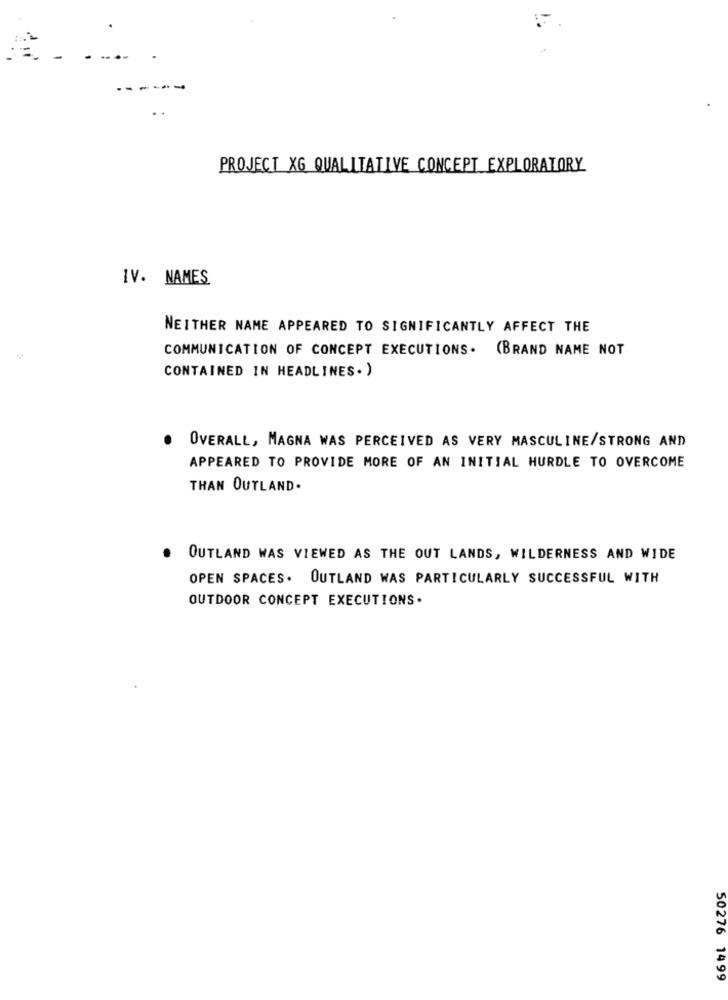
PROJECT XG QUALITATIVE CONCEPT EXPLORATORY
IV. NAMES
NEITHER NAME APPEARED TO SIGNIFICANTLY AFFECT THE
COMMUNICATION OF CONCEPT EXECUTIONS. (BRAND NAME NOT
CONTAINED IN HEADLINES. )
OVERALL, MAGNA WAS PERCEIVED AS VERY MASCULINE/STRONG AND
APPEARED TO PROVIDE MORE OF AN INITIAL HURDLE TO OVERCOME
THAN OUTLAND.
.
OUTLAND WAS VIEWED AS THE OUT LANDS, WILDERNESS AND WIDE
OPEN SPACES. OUTLAND WAS PARTICULARLY SUCCESSFUL WITH
OUTDOOR CONCEPT EXECUTIONS.
50276 1499